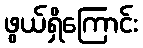
ဖွယ်ရှိကြောင်း